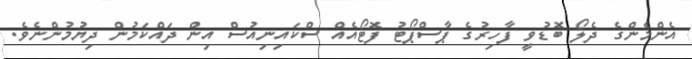
އެންމެންގެ ދެލޯ ބޮޑުވީ ފާހިރުގެ ޕާސްޕޯޓު ފޮޓޯއެއް ސްކައިނިއުސް އިން ދައްކަމުން ދިޔުމުންނެވެ.